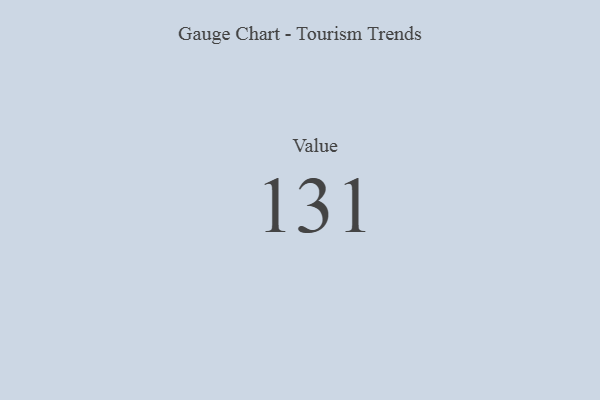
{"axis": {"x": "Metric", "y": "Value"}, "legend": [""], "data": [{"x": "Value", "y": 131, "type": ""}]}